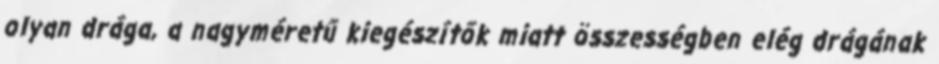
olyan drága, a nagyméretű kiegészítők miatt összességben elég drágának